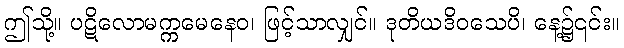
ဤသို့။ ပဋိလောမက္ကမေနေဝ၊ ဖြင့်သာလျှင်။ ဒုတိယဒိဝသေပိ၊ နေ့၌၎င်း။